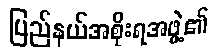
ပြည်နယ်အစိုးရအဖွဲ့၏